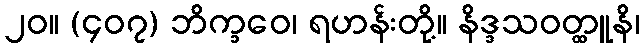
၂၀။ (၄၀၇) ဘိက္ခဝေ၊ ရဟန်းတို့။ နိဒ္ဒသဝတ္ထူနိ၊